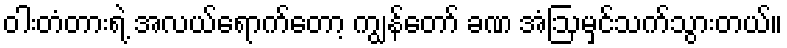
ဝါးတံတားရဲ့ အလယ်ရောက်တော့ ကျွန်တော် ခဏ အံဩမှင်သက်သွားတယ်။